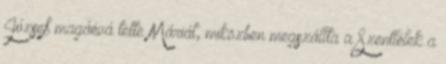
József magáévá tette Máriát, miközben megszállta a Szentlélek a